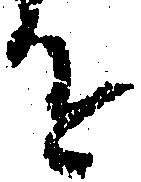
を